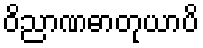
ဝိညာဏဓာတုယာပိ